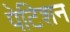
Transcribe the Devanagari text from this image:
पेटिशन